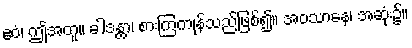
ဧဝံ၊ ဤအတူ။ ခါဒန္တာ၊ စားကြကုန်သည်ဖြစ်၍။ အဝသာနေ၊ အဆုံး၌။